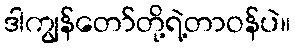
ဒါကျွန်တော်တို့ရဲ့တာဝန်ပဲ။